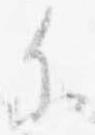
参